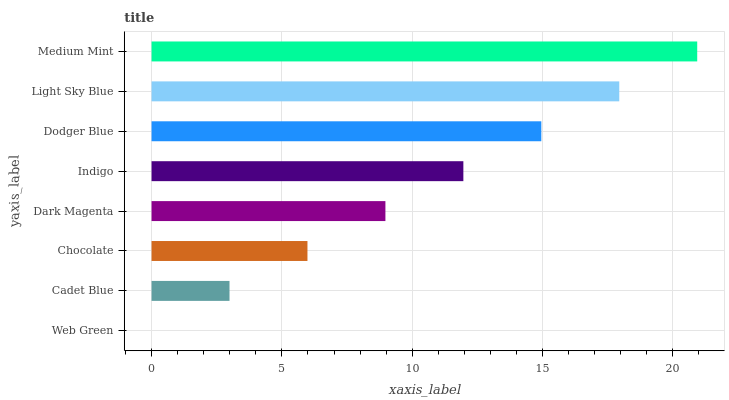
| yaxis_label | bars |
 | --- | --- |
 | Web Green | 0 |
 | Cadet Blue | 2.99 |
 | Chocolate | 5.98 |
 | Dark Magenta | 8.97 |
 | Indigo | 12 |
 | Dodger Blue | 15 |
 | Light Sky Blue | 17.9 |
 | Medium Mint | 20.9 |